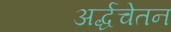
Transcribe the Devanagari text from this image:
अर्द्धचेतन